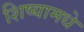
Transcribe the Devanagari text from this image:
शिष्यामधे